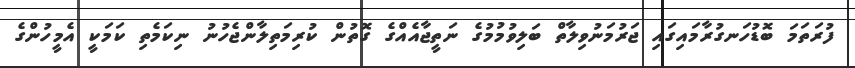
ފުރަތަމަ ބޮޑުހަނގުރާމައިގައި ޖަރުމަނުވިލާތް ބަލިވުމުމުގެ ނަތީޖާއެއްގެ ގޮތުން ކުރިމަތިލާންޖެހުނު ނިކަމެތި ކަމަކީ އެމީހުންގެ